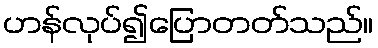
ဟန်လုပ်၍ပြောတတ်သည်။